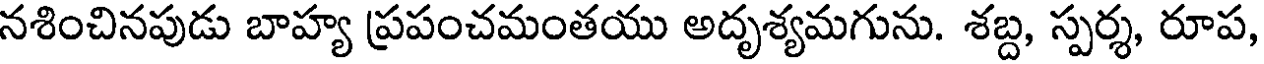
నశించినపుడు బాహ్య ప్రపంచమంతయు అదృశ్యమగును. శబ్ద, స్పర్శ, రూప,